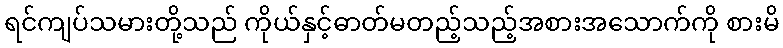
ရင်ကျပ်သမားတို့သည် ကိုယ်နှင့်ဓာတ်မတည့်သည့်အစားအသောက်ကို စားမိ